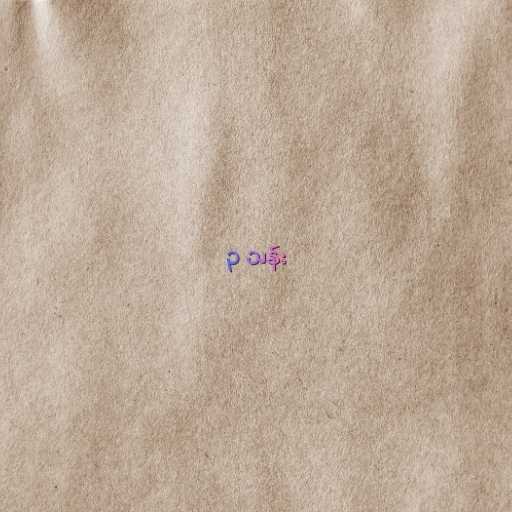
၃ သန်း